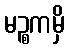
မဉ္စကမှိ